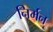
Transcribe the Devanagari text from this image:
निर्मन